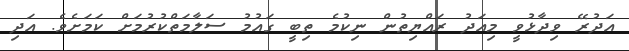
އަދުރޭ ވިދާޅުވީ މިއަދު ރައްޔިތުން ނިކުމެ ތިބީ ގައުމު ސަލާމަތްކުރުމަށް ކަމަށެވެ. އަދި